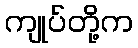
ကျုပ်တို့က